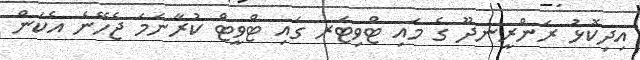
އިދިކޮޅު ރަންރީނދޫ ގެ މައި ޓްވިޓަރ ގައި ޓްވީޓް ކުރާނަމަ ޖެހޭނެ އެކަން